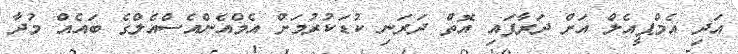
އަދި އެމްޕީއެލް އަށް ދަރާފައި އޮތް ދަރަނި ކުޑަކުރުމަށް އެމްއެންއެސްއެލްގެ ބައެއް މުދާ